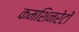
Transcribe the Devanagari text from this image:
कमशिनरेटों